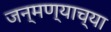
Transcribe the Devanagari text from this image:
जन्मण्याच्या